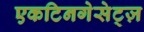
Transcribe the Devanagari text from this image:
एकटिनगेसेट्ज़